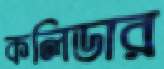
কলিডার